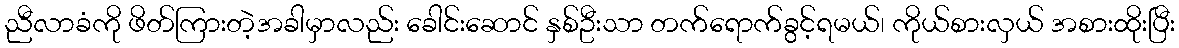
ညီလာခံကို ဖိတ်ကြားတဲ့အခါမှာလည်း ခေါင်းဆောင် နှစ်ဦးသာ တက်ရောက်ခွင့်ရမယ်၊ ကိုယ်စားလှယ် အစားထိုးပြီး